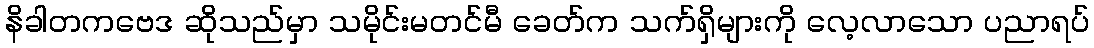
နိခါတကဗေဒ ဆိုသည်မှာ သမိုင်းမတင်မီ ခေတ်က သက်ရှိများကို လေ့လာသော ပညာရပ်